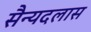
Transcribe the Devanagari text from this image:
सैन्यदलास